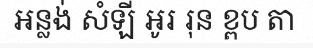
អន្លង់ សំឡី អូរ រុន ខ្ពប តា